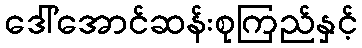
ဒေါ်အောင်ဆန်းစုကြည်နှင့်